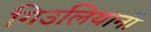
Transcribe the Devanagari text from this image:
गिउलियानी